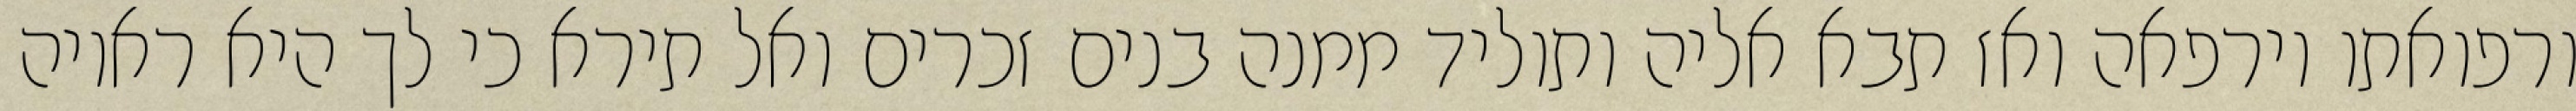
ורפואתו וירפאה ואז תבא אליה ותוליד ממנה בנים זכרים ואל תירא כי לך היא ראויה